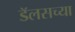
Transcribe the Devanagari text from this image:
डॅलसच्या